Indian journal of veterinary science and animal husbandry - Volumes 18-21, 1948-1951
Year: 1948
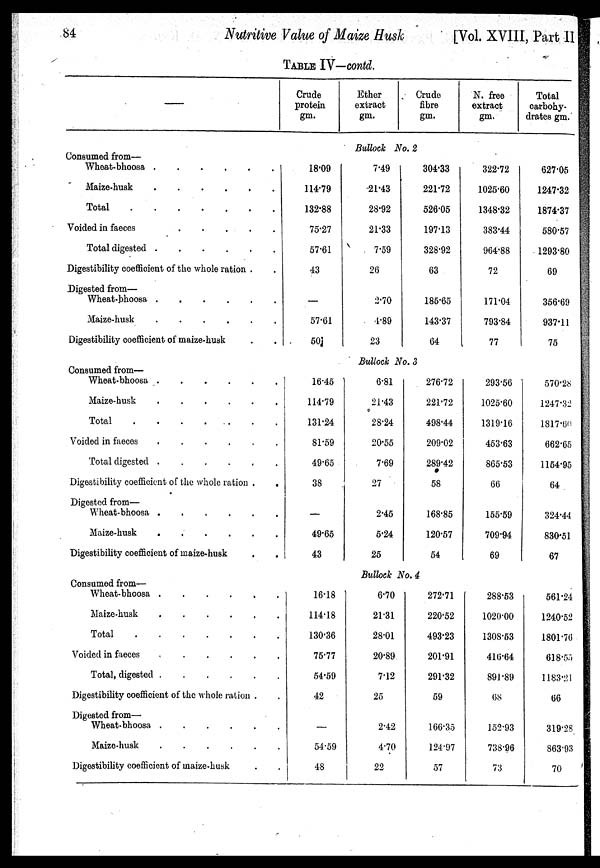
84
Nutritive Value of Maize
Husk
[Vol. XVIII, Part II
TABLE IV—contd.
—
Consumed from—
Wheat-bhoosa
.
.
.
.
.
.
Maize-husk
.
.
.
.
.
.
Total
.
.
.
.
.
.
.
Voided in faeces
.
.
.
.
.
.
Total digested
.
.
.
.
.
.
Digestibility coefficient of the whole ration . .
Digested from—
Wheat-bhoosa
.
.
.
.
.
.
Maize-husk
.
.
.
.
.
.
Digestibility coefficient of maize-husk . .
Consumed from—
Wheat-bhoosa
.
.
.
.
.
.
Maize-husk
.
.
.
.
.
.
Total
.
.
.
.
.
.
Voided in faeces
.
.
.
.
.
.
Total digested
.
.
.
.
.
.
Digestibility coefficient of the whole ration . .
Digested from—
Wheat-bhoosa
.
.
.
.
.
.
Maize-husk
.
.
.
.
.
.
Digestibility coefficient of maize-husk
.
.
Consumed from—
Wheat-bhoosa
.
.
.
.
.
.
Maize-husk
.
.
.
.
.
.
Total
.
.
.
.
.
.
Voided in faeces
.
.
.
.
.
.
Total, digested
.
.
.
.
.
.
Digestibility coefficient of the whole ration . .
Digested from—
Wheat-bhoosa
.
.
.
.
.
.
Maize-husk
.
.
.
.
.
.
Digestibility coefficient of maize-husk . .
Crude
protein
gm.
Ether
extract
gm.
Crude
fibre
gm.
N. free
extract
gm.
Total
carbohy-
drates gm.
Bullock No. 2
18.09
114.79
132.88
75.27
57.61
43
—
57.61
50
7.49
21.43
28.92
21.33
7.59
26
2.70
4.89
23
304.33
221.72
526.05
197.13
328.92
63
185.65
143.37
64
322.72
1025.60
1348.32
383.44
964.88
72
171.04
793.84
77
627.05
1247.32
1874.37
580.57
1293.80
69
356.69
937.11
75
Bullock No. 3
16.45
114.79
131.24
81.59
49.65
38
—
49.65
43
6.81
21.43
28.24
20.55
7.69
27
2.45
5.24
25
276.72
221.72
498.44
209.02
289.42
58
168.85
120.57
54
293.56
1025.60
1319.16
453.63
865.53
66
155.59
709.94
69
570.28
1247.32
1817.60
662.65
1154.95
64
324.44
830.51
67
Bullock No. 4
16.18
114.18
130.36
75.77
54.59
42
—
54.59
48
6.70
21.31
28.01
20.89
7.12
25
2.42
4.70
22
272.71
220.52
493.23
201.91
291.32
59
166.35
124.97
57
288.53
1020.00
1308.53
416.64
891.89
68
152.93
738.96
73
561.24
1240.52
1801.76
618.55
1183.21
66
319.28
863.93
70